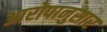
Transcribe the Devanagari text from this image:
आरोपानुसार